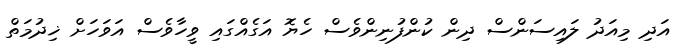
އަދި މިއަދު ލައިސަންސް ދިން ކުންފުނިންވެސް ހެޔޮ އަގެއްގައި ވީހާވެސް އަވަހަށް ޚިދުމަތް